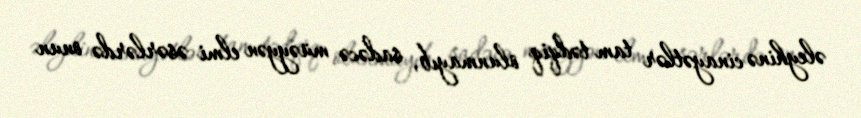
əleyhinə cinayətlər tam tədqiq olunmayıb, sadəcə müəyyən elmi əsərlərdə onun